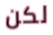
لكن